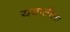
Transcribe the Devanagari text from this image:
ययातीला